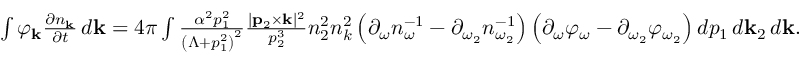
\begin{array} { r } { \int \varphi _ { \bf k } \frac { \partial n _ { \bf k } } { \partial t } \, d { \bf k } = 4 \pi \int \frac { \alpha ^ { 2 } p _ { 1 } ^ { 2 } } { \left( \Lambda + p _ { 1 } ^ { 2 } \right) ^ { 2 } } \frac { | { \bf p } _ { 2 } \times { \bf k } | ^ { 2 } } { p _ { 2 } ^ { 3 } } n _ { 2 } ^ { 2 } n _ { k } ^ { 2 } \left( \partial _ { \omega } n _ { \omega } ^ { - 1 } - \partial _ { \omega _ { 2 } } n _ { \omega _ { 2 } } ^ { - 1 } \right) \left( \partial _ { \omega } \varphi _ { \omega } - \partial _ { \omega _ { 2 } } \varphi _ { \omega _ { 2 } } \right) d p _ { 1 } \, d { \bf k } _ { 2 } \, d { \bf k } . } \end{array}